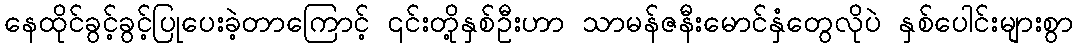
နေထိုင်ခွင့်ခွင့်ပြုပေးခဲ့တာကြောင့် ၎င်းတို့နှစ်ဦးဟာ သာမန်ဇနီးမောင်နှံတွေလိုပဲ နှစ်ပေါင်းများစွာ